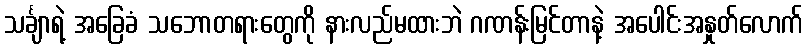
သင်္ချာရဲ့ အခြေခံ သဘောတရားတွေကို နားလည်မထားဘဲ ဂဏန်းမြင်တာနဲ့ အပေါင်းအနှုတ်လောက်